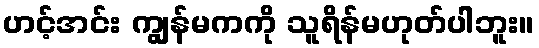
ဟင့်အင်း ကျွန်မကကို သူရိန်မဟုတ်ပါဘူး။